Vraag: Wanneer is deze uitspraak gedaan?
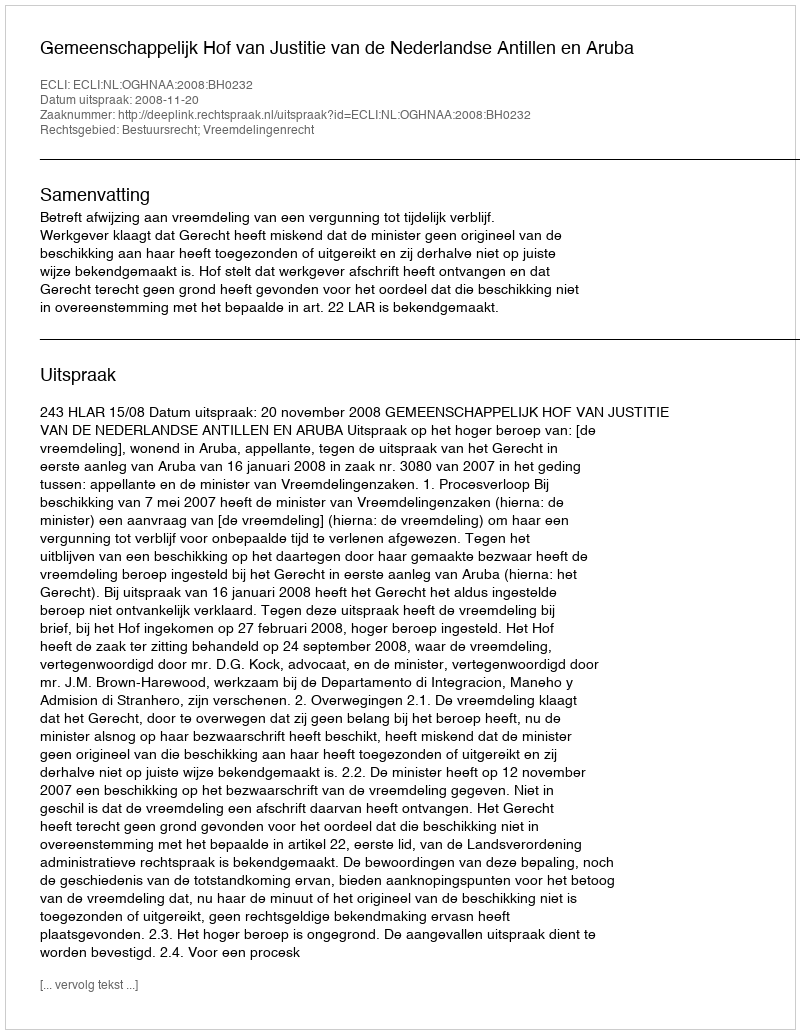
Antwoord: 2008-11-20